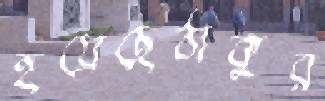
হয়েছেঠাকুর